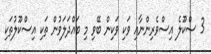
3 ސްކޫލެ އިސްވެރިންނާއި ވަކި ވަކިން ބޭވި މި ބައްދަލަވުން ތަކި އިސްކޫލުތަކި